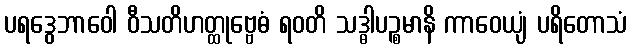
ပရဒွေဘာဝေါ ဝီသတိဟတ္ထုဗ္ဗေဓံ ရဝတိ သဒ္ဓါပဉ္စမာနိ ကာဝေယျံ ပရိတောသံ